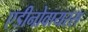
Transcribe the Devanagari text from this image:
एडीनोवायरस